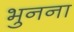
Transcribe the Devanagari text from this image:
भुनना